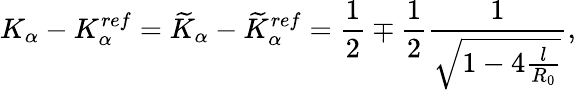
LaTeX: K_{\alpha}-K_{\alpha}^{ref}=\widetilde{K}_{\alpha}-\widetilde{K}_{\alpha}^{ref}=\frac{1}{2}\mp\frac{1}{2}\frac{1}{\sqrt{1-4\frac{l}{R_{0}}}},